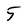
Character: 5